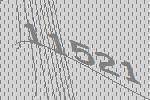
11521